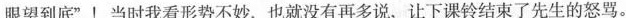
眼望到底”！当时我看形势不妙，也就没有再多说，让下课铃结束了先生的怒骂。